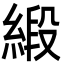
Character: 緞